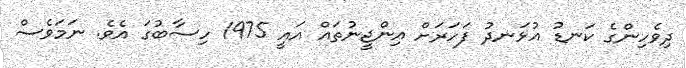
ދިވެހިންގެ ކަނޑު އުޅަނދު ފަހަރަށް އިންޖީނުތައް އައީ 1975 ހިސާބުގަ އެވެ. ނަމަވެސް